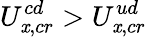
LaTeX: U_{\mathit{x},cr}^{cd}>U_{\mathit{x},cr}^{ud}